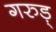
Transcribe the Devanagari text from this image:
गरुड़्